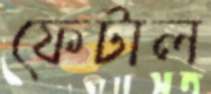
ফেটাল